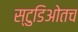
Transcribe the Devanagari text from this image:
स्टुडिओतच